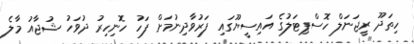
ހިތަދޫ ރީޖަނަލް ހޮސްޕިޓަލުގެ އައިސީޔޫގައި ފަރުވާދިނުމަށް ފަހު ހޮނިހިރު ދުވަހު ޝުޖާއު މާލެ